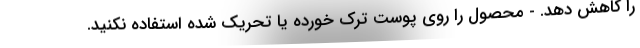
را کاهش دهد. - محصول را روی پوست ترک خورده یا تحریک شده استفاده نکنید.